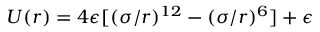
U ( r ) = 4 \epsilon [ ( \sigma / r ) ^ { 1 2 } - ( \sigma / r ) ^ { 6 } ] + \epsilon